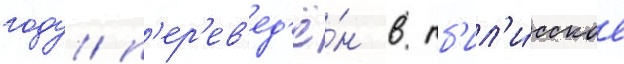
году п'ер'ев'ед'ё́н в тб'ил'и́сское